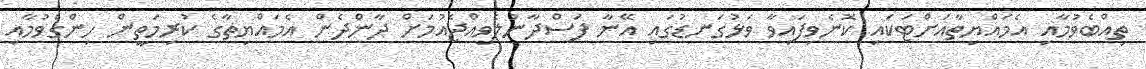
ތިއްބެވުމާއި އެމައްޔިތާއަށްޓަކައި ކޮނެވިފައިވާ ވަޅުގަނޑުގައި އޭނާ ފަސްދާނުލެވިއްޖެއުމަށް ދާންދެން އެމައްޔިތާގެ ކުރިމަތީން ހިންގެވުމާއި